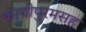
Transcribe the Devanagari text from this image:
कांचीपुरमसह